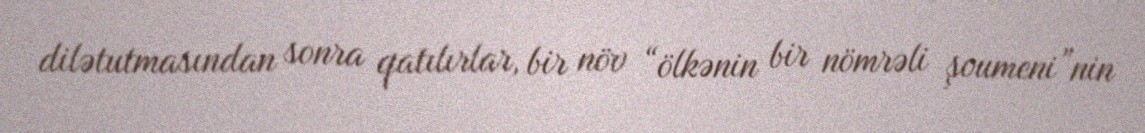
dilətutmasından sonra qatılırlar, bir növ “ölkənin bir nömrəli şoumeni”nin